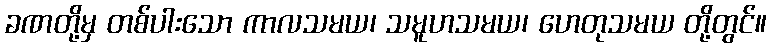
ခဏတို့မှ တစ်ပါးသော ကာလသမယ၊ သမူဟသမယ၊ ဟေတုသမယ တို့တွင်။